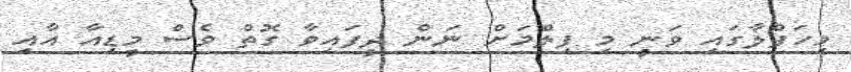
މިހަފްލާގައި ވަނީ މި ފިލްމަށް ނަން ދީފައިވާ ގޮތް ވެސް މީޑިއާ އާއި